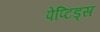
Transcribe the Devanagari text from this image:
पेप्टिड्स